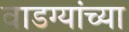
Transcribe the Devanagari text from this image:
वाडग्यांच्या